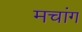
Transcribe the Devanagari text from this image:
मचांग